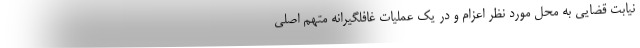
نیابت قضایی به محل مورد نظر اعزام و در یک عملیات غافلگیرانه متهم اصلی